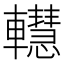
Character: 䡺